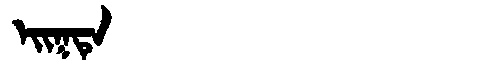
Manchu: ᡝᡳᡴᡨᡝ
Romanization: EIKTE